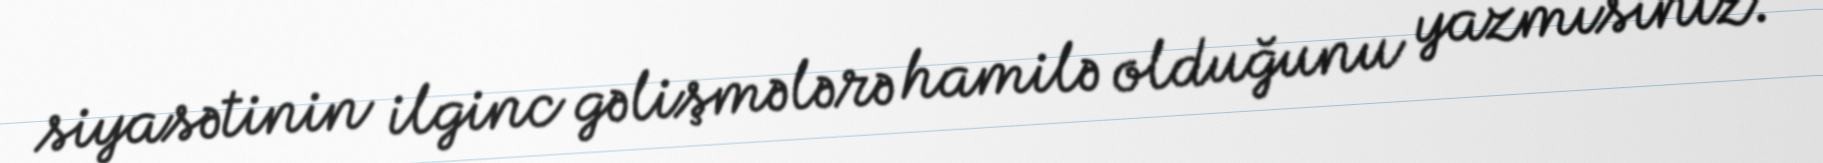
siyasətinin ilginc gəlişmələrə hamilə olduğunu yazmısınız.